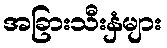
အခြားသီးနှံများ